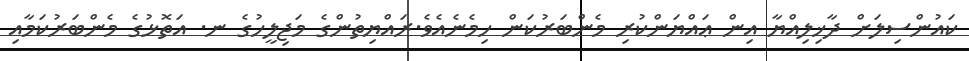
ކައުންސިލަށް ދާޚިލިއްޔާ އިން ޢައްޔަންކުރި މެންބަރުކަން ހިމެނެއެވެ.ރައްޔިތުންގެ މަޖިލީހުގެ ނ. އަތޮޅުގެ މެންބަރުކަމާއި